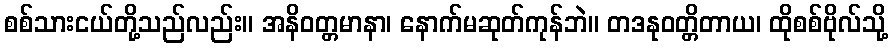
စစ်သားငယ်တို့သည်လည်း။ အနိဝတ္တမာနာ၊ နောက်မဆုတ်ကုန်ဘဲ။ တဒနုဝတ္တိတာယ၊ ထိုစစ်ဗိုလ်သို့